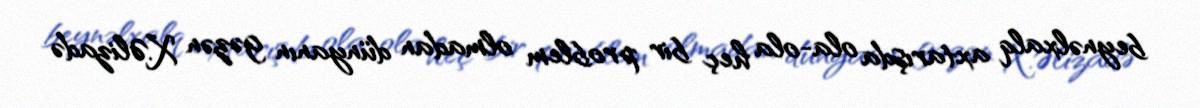
beynəlxalq axtarışda ola-ola heç bir problem olmadan dünyanın gəzən X.Əlizadə